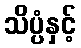
သိပ္ပံနှင့်